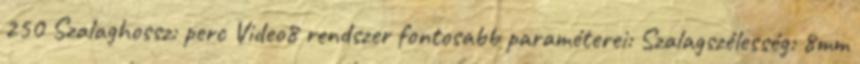
250 Szalaghossz: perc Video8 rendszer fontosabb paraméterei: Szalagszélesség: 8mm